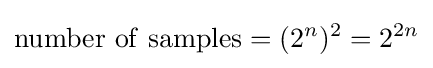
\mathrm {number\ of\ samples} =(2^{n})^{2}=2^{2n}